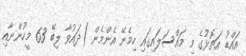
އައްޑު އަތޮޅުގެ މި މައްސަލައިގައި ހިމެނޭ އެންމެން )ދައުވާ ލިބޭ 63 މީހުންނާއި